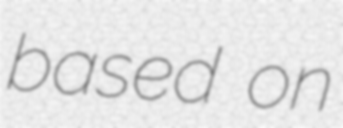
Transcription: based on